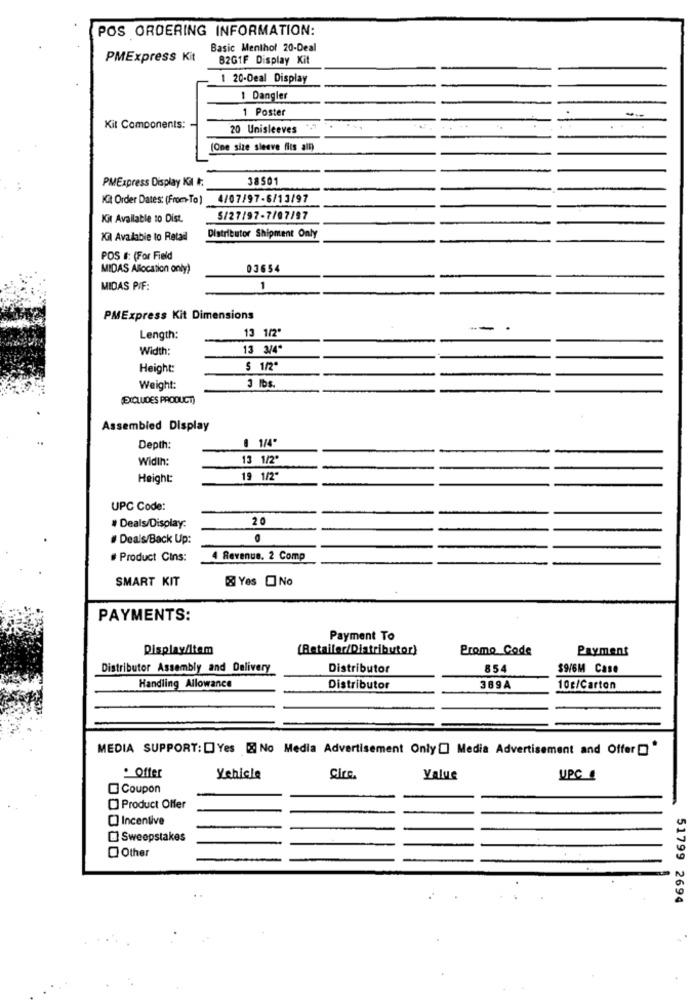
POS ORDERING INFORMATION:
Basic Menthol 20-Deal
PMExpress Kit
B2GIF Display Kit
1 20-Deal Display
: Dangler
1 Poster
Kit Components:
20 Unisleeves
(One size sleeve fits all)
PMExpress Display KI I:
38501
Kit Order Dates: (From-To)
4/07/97-6/13/97
Kit Available to Dist.
5/27/97-7/07/97
Kil Available to Retail
Distributor Shipment Only
POS #: (For Field
MIDAS Allocation only)
03654
MIDAS PIF:
1
PMExpress Kit Dimensions
13 1/2"
Length:
Width:
13 3/4ª
Height:
$ 1/2"
Weight:
3 lbs.
(EXCLUDES PRODUCT)
Assembled Display
8 1/4"
Depth:
Width:
13 1/2"
Height:
19 1/2"
UPC Code:
20
# Deals/Display:
Deals/Back Up:
# Product Cins:
4 Revenue. 2 Comp
SMART KIT
Yes ONO
PAYMENTS:
Payment To
Display/Item
(Retailer/Distributor)
Promo Code
Payment
Distributor Assembly and Delivery
Distributor
854
$9/6M Case
Handling Allowance
Distributor
389A
10c/Carton
MEDIA SUPPORT: [] Yes [& No Media Advertisement Only[] Media Advertisement and Offer "
Offer
Vehicle
Cire.
Value
UPC
Coupon
O Product Offer
[] Incentive
[] Sweepstakes
Other
51799 2694